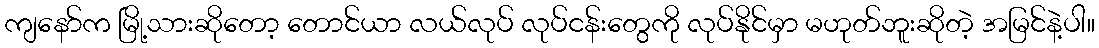
ကျနော်က မြို့သားဆိုတော့ တောင်ယာ လယ်လုပ် လုပ်ငန်းတွေကို လုပ်နိုင်မှာ မဟုတ်ဘူးဆိုတဲ့ အမြင်နဲ့ပါ။